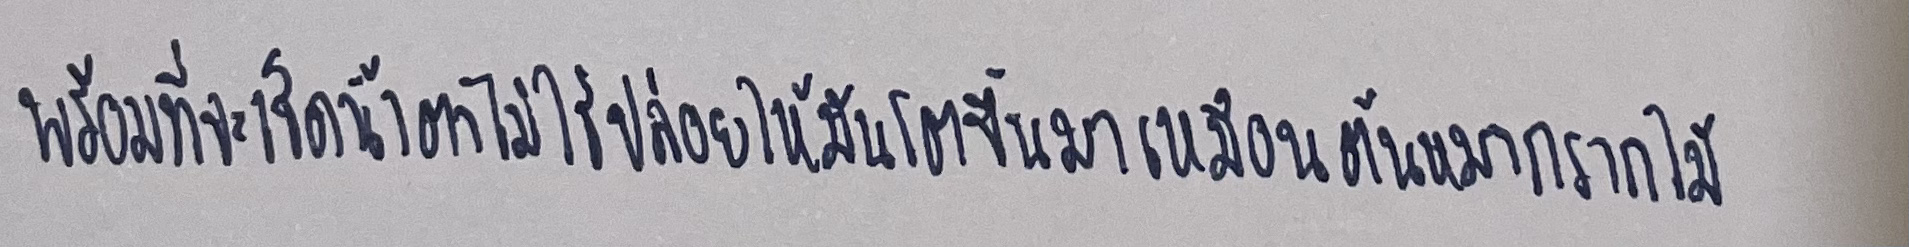
พร้อมที่จะเช็ดน้ำตาให้ไม่ใช่ปล่อยให้มันโตขึ้นมาเหมือนต้นหมากรากไม้